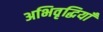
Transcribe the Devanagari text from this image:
अभिवृद्धियाँ